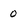
Character: 0